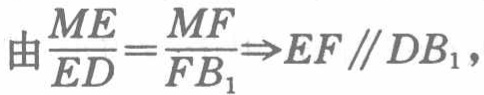
由$\frac{ME}{ED}=\frac{MF}{FB_{1}}\Rightarrow EF\parallel DB_{1}$，